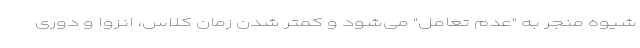
شیوه منجر به "عدم تعامل" می‌شود و کمتر شدن زمان کلاس، انزوا و دوری